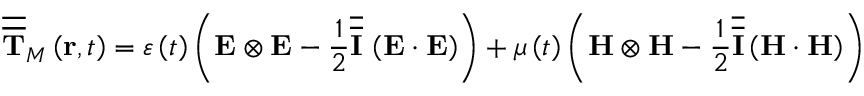
\overline { { \overline { { \mathbf { T } } } } } _ { M } \left( \mathbf { r } , t \right) = \varepsilon \left( t \right) \left( \mathbf { E } \otimes \mathbf { E } - \frac { 1 } { 2 } \overline { { \overline { { \mathbf { I } } } } } \, \left( \mathbf { E } \cdot \mathbf { E } \right) \right) + \mu \left( t \right) \left( \mathbf { H } \otimes \mathbf { H } - \frac { 1 } { 2 } \overline { { \overline { { \mathbf { I } } } } } \left( \mathbf { H } \cdot \mathbf { H } \right) \right)